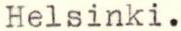
Helsinki.